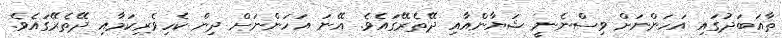
ތާއަބަދުގައި އަހަންނަށް ވިސްނެނީ ޝަޔާންއާއި ދޭތެރޭގައެވެ. އޭނަ އަހަންނަށް ދިން ކެހިވެރިކަމާއި ދޭތެރޭގައެވެ.